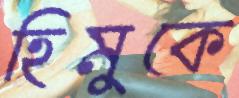
হিমুকে